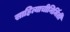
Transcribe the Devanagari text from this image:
साहित्याचीनिर्मिती